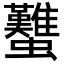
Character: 𧕴